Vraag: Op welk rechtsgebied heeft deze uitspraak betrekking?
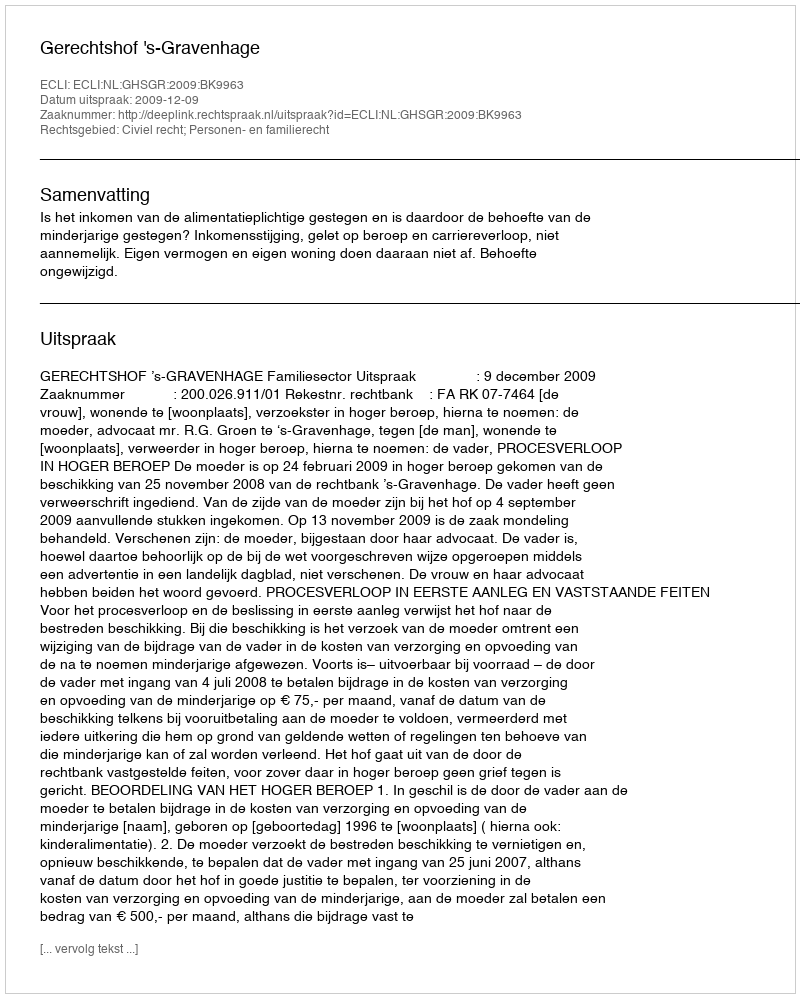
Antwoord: Civiel recht; Personen- en familierecht